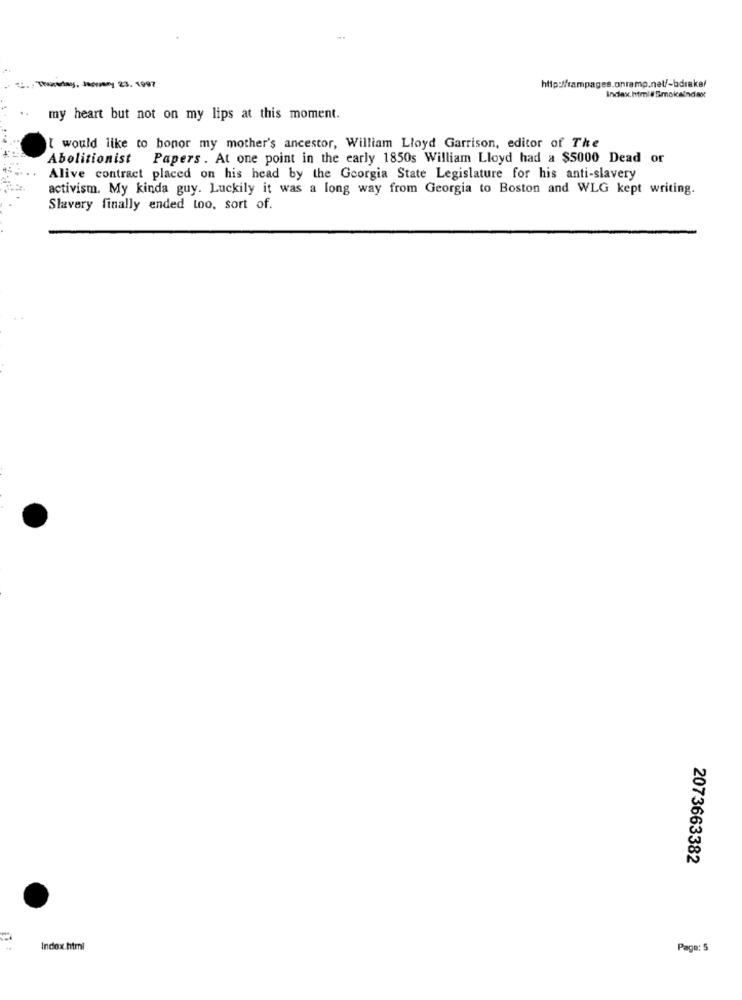
. Jerry 23. 1997
http://rampages.onramp.nel/-bdrake/
Index.html # Smokaindax
my heart but not on my lips at this moment.
I would like to honor my mother's ancestor, William Lloyd Garrison, editor of The
Abolitionist Papers . At one point in the early 1850s William Lloyd had a $5000 Dead or
Alive contract placed on his head by the Georgia State Legislature for his anti-slavery
activism. My kinda guy. Luckily it was a long way from Georgia to Boston and WLG kept writing.
Slavery finally ended too, sort of.
2073663382
Index.html
Page: 5